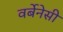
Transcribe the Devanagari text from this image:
वर्बेनेसी